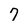
Character: 7